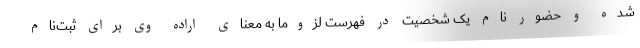
شده و حضور نام یک شخصیت در فهرست لزوماً به معنای اراده وی برای ثبت‌نام